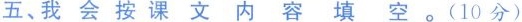
五、我 会 按 课 文 内 容 填 空。(10分)